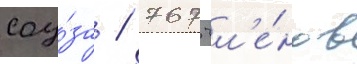
соу́за / 767 чл'е́нов